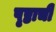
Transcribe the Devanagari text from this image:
पृष्ठाची